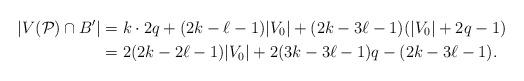
LaTeX: \begin{align*}|V(\mathcal P)\cap B'| &= k\cdot 2q+ (2k-\ell-1)|V_0| +(2k-3\ell-1)(|V_0|+2q-1) \\&=2(2k- 2\ell-1) |V_0| + 2(3k - 3\ell -1)q - (2k - 3\ell -1).\end{align*}